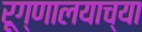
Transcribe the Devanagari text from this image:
रूग्णालयाच्या